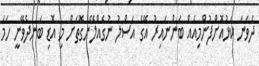
ދެވަނަ ކަޅުއޮށްފުންމިއެއް ބަންނައިރު އޭގެ އަސްލު ނުގެއްލޭނެގޮތަށް މި އޮޑި ބަނދެވޭނީ ހަމަ